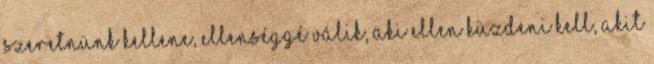
szeretnünk kellene, ellenséggé válik, aki ellen küzdeni kell, akit